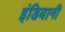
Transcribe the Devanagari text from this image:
इंडियानी